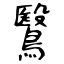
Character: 鷖